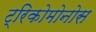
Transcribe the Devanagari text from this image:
ट्रिकोमोनोस